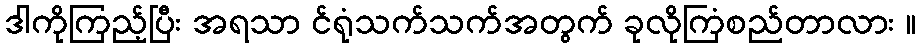
ဒါကိုကြည့်ပြီး အရသာ င်ရုံသက်သက်အတွက် ခုလိုကြံစည်တာလား ။